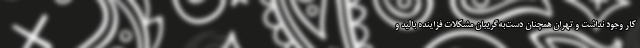
کار وجود نداشت و تهران همچنان دست‌به‌گریبان مشکلات فزاینده بالید و